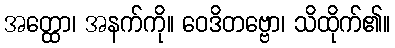
အတ္ထော၊ အနက်ကို။ ဝေဒိတဗ္ဗော၊ သိထိုက်၏။